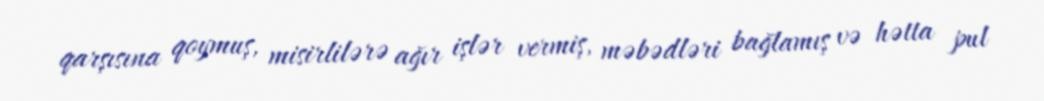
qarşısına qoymuş, misirlilərə ağır işlər vermiş, məbədləri bağlamış və hətta pul